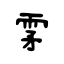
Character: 雺